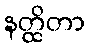
နတ္ထိတာ